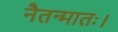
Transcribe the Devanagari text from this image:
नैतन्मातः।